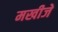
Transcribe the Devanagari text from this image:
मखीजे